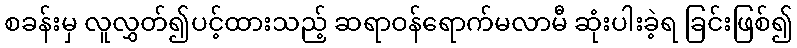
စခန်းမှ လူလွှတ်၍ပင့်ထားသည့် ဆရာဝန်ရောက်မလာမီ ဆုံးပါးခဲ့ရ ခြင်းဖြစ်၍